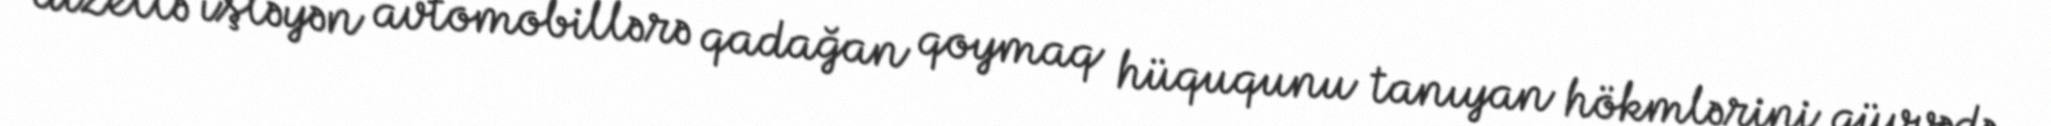
dizellə işləyən avtomobillərə qadağan qoymaq hüququnu tanıyan hökmlərini qüvvədə